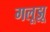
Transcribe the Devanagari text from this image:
गलूझू